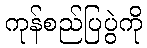
ကုန်စည်ပြပွဲကို